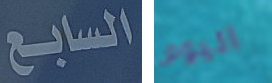
السابع اليوم